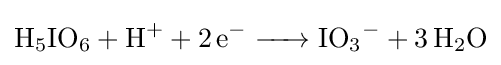
{\ce {H5IO6 + H+ + 2e- -> IO3- + 3 H2O}}